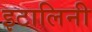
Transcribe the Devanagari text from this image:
इटालिनी